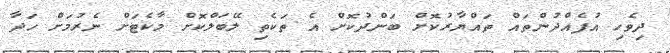
ދިވެހި އުފެއްދުންތައް ތައްޔާރުކޮށް ބަންދުކޮށް އެ ތަކެތި ލޭބަލްކޮށް މާކެޓަށް ނެރުމަށް ހަދާ